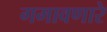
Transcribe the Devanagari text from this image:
गमावणारे